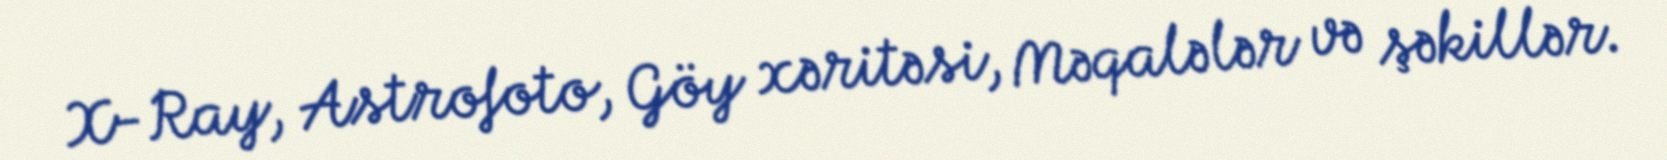
X-Ray, Astrofoto, Göy xəritəsi, Məqalələr və şəkillər.